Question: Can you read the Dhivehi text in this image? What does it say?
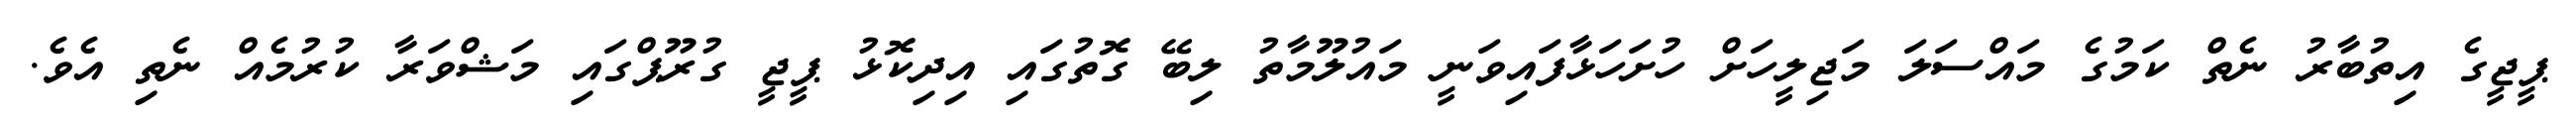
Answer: ޕީޖީގެ އިތުބާރު ނެތް ކަމުގެ މައްސަލަ މަޖިލީހަށް ހުށަހަޅާފައިވަނީ މައުލޫމާތު ލިބޭ ގޮތުގައި އިދިކޮޅު ޕީޖީ ގުރޫޕްގައި މަޝްވަރާ ކުރުމެއް ނެތި އެވެ.